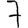
Digit: 7